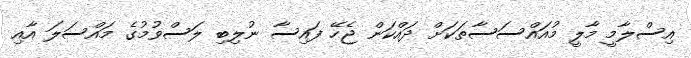
އިސްލާމީ މާލީ މުއައްސަސާތަކަށް ދައްކަން ޖެހޭ ފައިސާ ނުލިބި ލަސްވުމުގެ މައްސަލަ އާއި